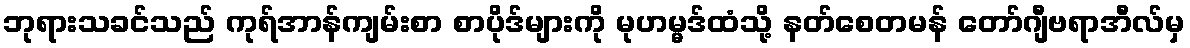
ဘုရားသခင်သည် ကုရ်အာန်ကျမ်းစာ စာပိုဒ်များကို မုဟမ္မဒ်ထံသို့ နတ်စေတမန် တော်ဂျီဗရာအီလ်မှ